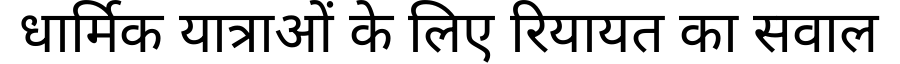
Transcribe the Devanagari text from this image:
धार्मिक यात्राओं के लिए रियायत का सवाल